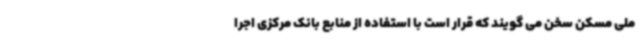
ملی مسکن سخن می گویند که قرار است با استفاده از منابع بانک مرکزی اجرا